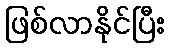
ဖြစ်လာနိုင်ပြီး